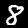
Label: 8